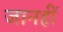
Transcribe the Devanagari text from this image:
जानहीं